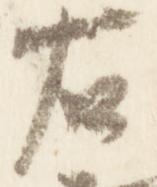
右